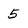
Character: 5